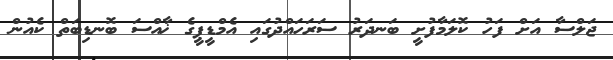
ޖަލްސާ އަށް ފަހު ކޮލަމާފުށީ ބަނދަރު ސަރަހައްދުގައި އެމްޑީޕީގެ ޚާއްސަ ބޮނޑިބަތް ކެއުން